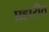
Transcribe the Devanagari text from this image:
प्रहारीत